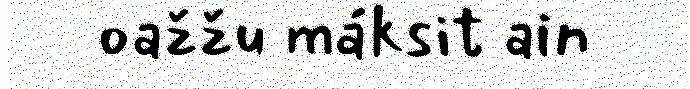
oažžu máksit ain